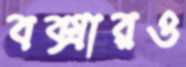
বক্সারও